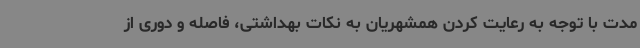
مدت با توجه به رعایت کردن همشهریان به نکات بهداشتی، فاصله و دوری از